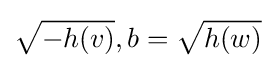
{\sqrt {-h(v)}},b={\sqrt {h(w)}}